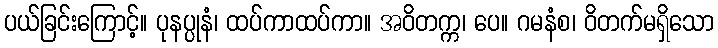
ပယ်ခြင်းကြောင့်။ ပုနပ္ပုနံ၊ ထပ်ကာထပ်ကာ။ အဝိတက္က၊ ပေ။ ဂမနံစ၊ ဝိတက်မရှိသော